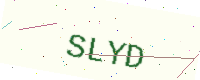
Text: SLYD